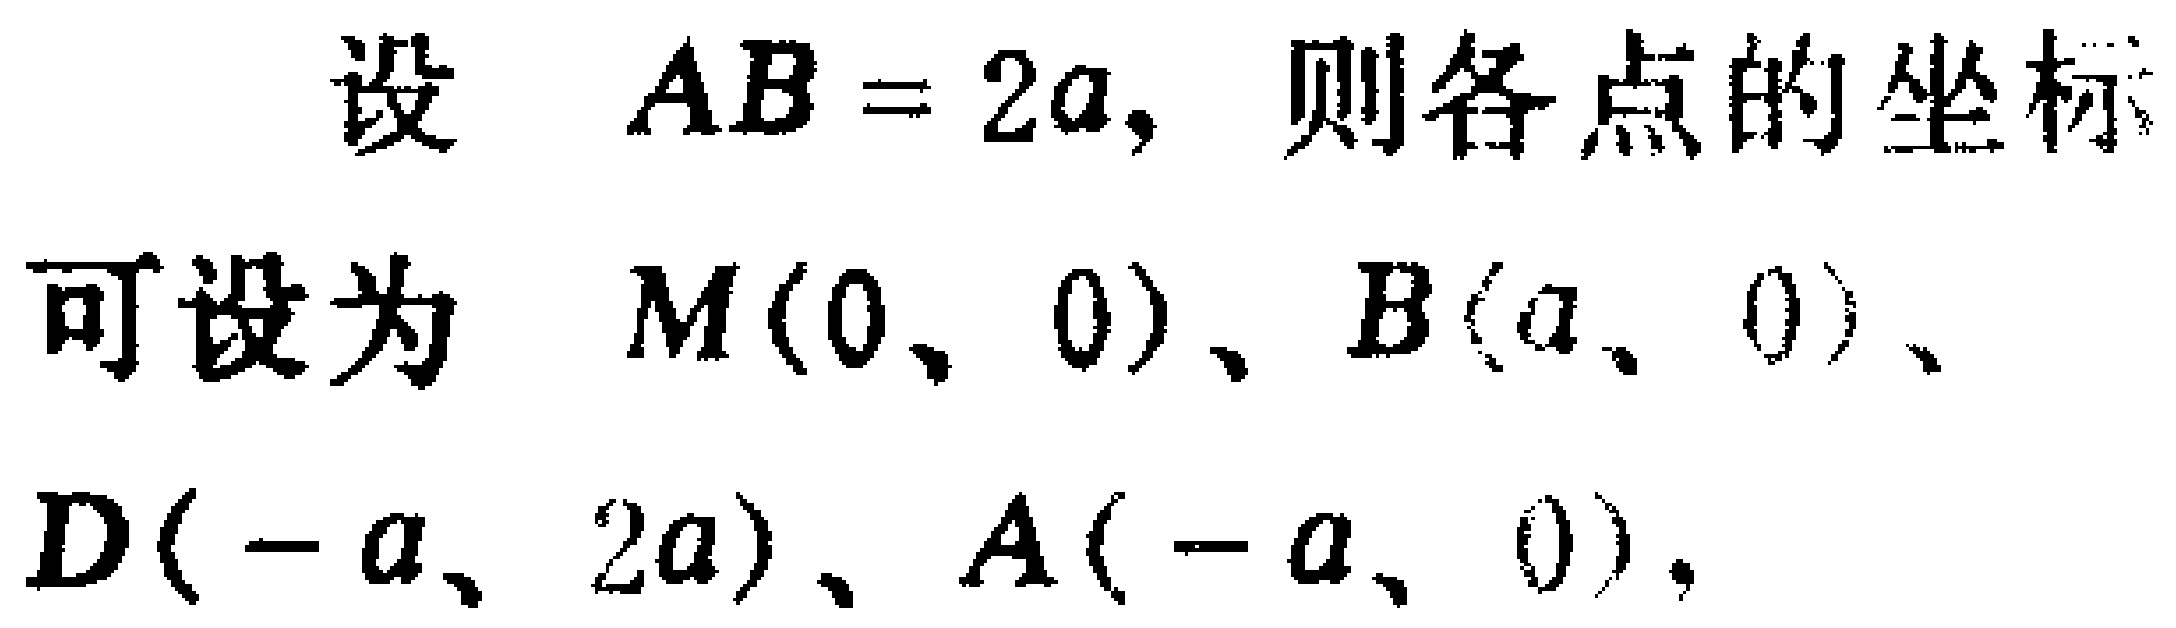
设 \(AB = 2a\)，则各点的坐标
可设为 \(M(0,0)\)、\(B(a,0)\)、
\(D(-a,2a)\)、\(A(-a,0)\)。